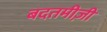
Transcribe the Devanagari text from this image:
बदतमीज़ी